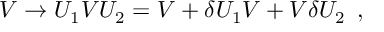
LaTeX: V \rightarrow U _ { 1 } V U _ { 2 } = V + \delta U _ { 1 } V + V \delta U _ { 2 } \enskip ,